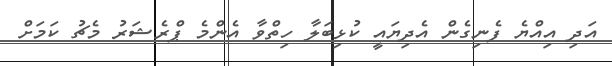
އަދި އިއްޔެ ފެނިގެން އެދިޔައީ ކުޅިބަލާ ހިތްވާ އެންމެ ޕްރެޝަރު މެޗު ކަމަށް